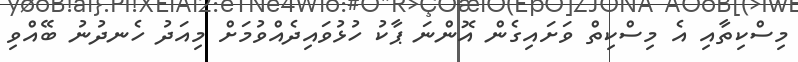
މިސްކިތާއި އެ މިސްކިތް ވަށައިގެން އޮންނަ ޕާކު ހުޅުވައިދެއްވުމަށް މިއަދު ހެނދުނު ބޭއްވި